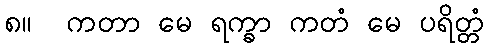
၈။  ကတာ မေ ရက္ခာ ကတံ မေ ပရိတ္တံ